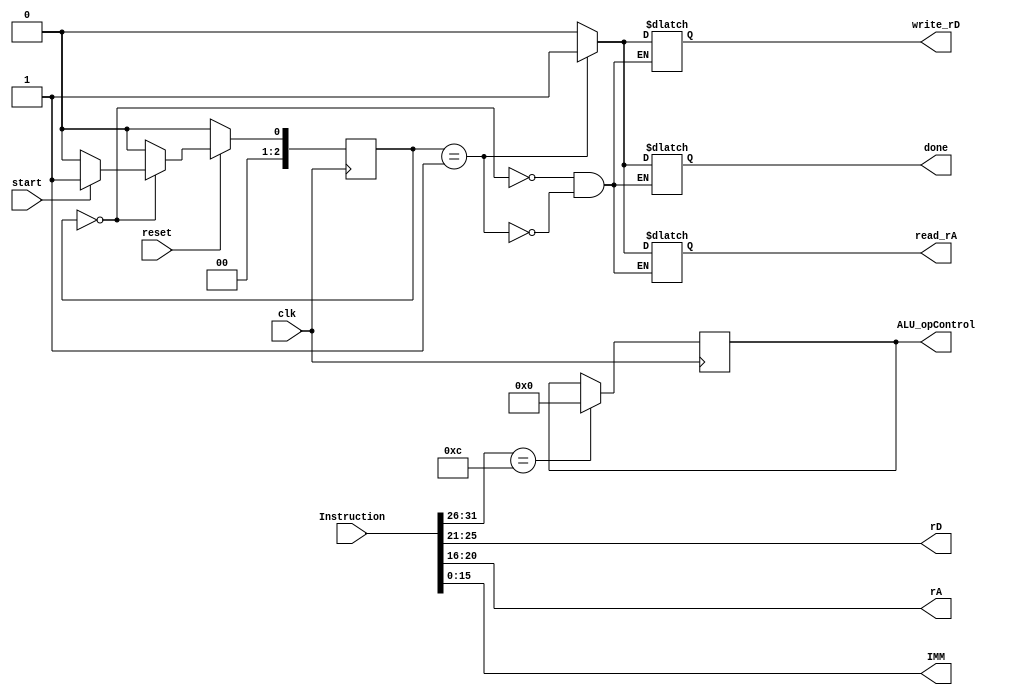
module ADDIK
(
    clk, reset, start, Instruction,
    
    done,
    
    rD, rA, IMM,
    ALU_opControl,
    write_rD, read_rA
);

input clk, reset, start;
input[0:31] Instruction;

output [4:0] rD,rA;
output [15:0] IMM;

assign rD       = Instruction[6:10];
assign rA       = Instruction[11:15];
assign IMM      = Instruction[16:31];


output reg[3:0] ALU_opControl;
output reg write_rD, read_rA;
output reg done;

reg[2:0] pres_state, next_state;
parameter  INIT = 0, EVAL = 1;//, IN2 = 2, EVAL = 3, OUT = 4, NEXT_I = 5;


//FSM register
always @(posedge clk)

    begin:statereg
        if (!reset)  pres_state <= INIT; 
        else        pres_state <= next_state;
        case(Instruction[0:5])
            6'b001100:  //addition
                ALU_opControl <= 0;
        endcase
    end //stateregFSM Description by VerilogExample

//FSM next state logic
always @(pres_state or start)
begin: fsm
    case (pres_state)

        INIT: begin
            if(start)   next_state <= EVAL;
            else        next_state <= INIT;
        end
        EVAL:       next_state <= INIT;
        default:    next_state <= INIT;

    endcase end //fsm


always   @(pres_state)
begin: outputs
    case (pres_state)
        INIT: begin
            read_rA         <= 0;
            write_rD        <= 0;
            done            <= 0;
        end

        EVAL: begin
            read_rA         <= 1;
            write_rD        <= 1;
            done            <= 1;
        end

    endcase 
end //fsm          

endmodule